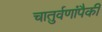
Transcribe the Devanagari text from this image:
चातुर्वणांपैकी